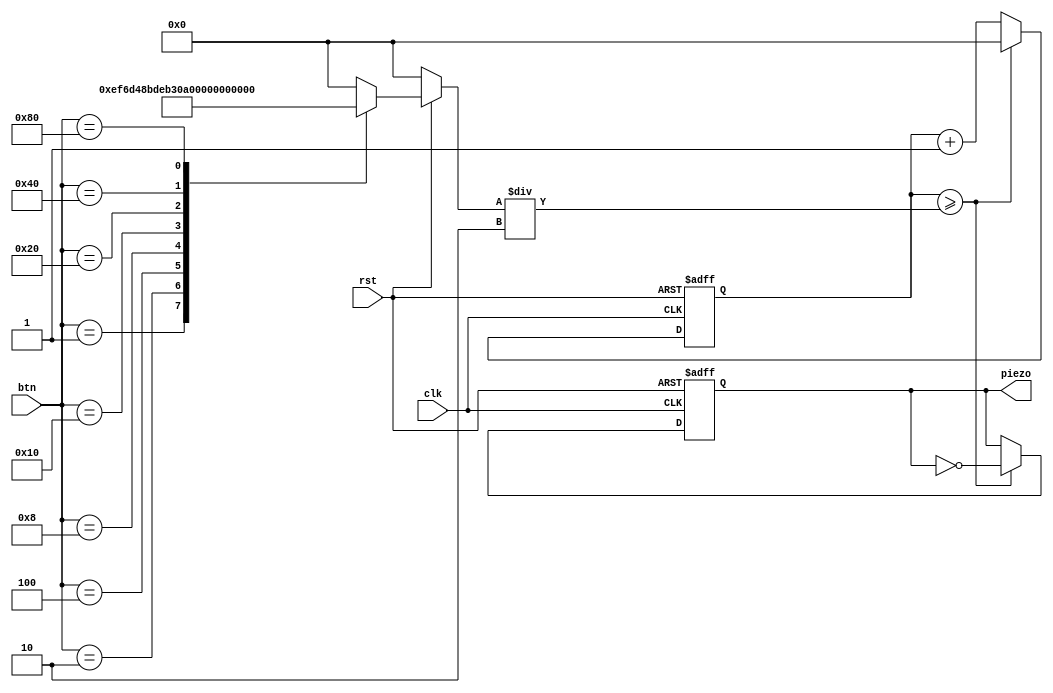
`timescale 1ns / 1ps

module piezo(clk, rst, btn, piezo);

input clk,rst;
input [7:0] btn;
output reg piezo;

parameter C2 =12'd3830;
parameter D2 =12'd3400;
parameter E2 =12'd3038;
parameter F2 =12'd2864;
parameter G2 =12'd2550;
parameter A2 =12'd2272;
parameter B2 =12'd2028;
parameter C3 =12'd1912;

reg [11:0] cnt;
reg [11:0] cnt_limit;

always @(btn) begin
    if(!rst) cnt_limit =0;
    else begin
        case(btn)
            8'b00000001 : cnt_limit = C2;
            8'b00000010 : cnt_limit = D2;
            8'b00000100 : cnt_limit = E2;
            8'b00001000 : cnt_limit = F2;
            8'b00010000 : cnt_limit = G2;
            8'b00100000 : cnt_limit = A2;
            8'b01000000 : cnt_limit = B2;
            8'b10000000 : cnt_limit = C3;
            default : cnt_limit =0;
        endcase
   end
end            

always @(posedge clk or negedge rst) begin
    if(!rst) begin
        cnt <= 0;
        piezo <= 0;
    end
    else if(cnt >=cnt_limit/2) begin
        piezo <= ~piezo;
        cnt <= 0;
    end
    else cnt <= cnt+1;
end
            
        


endmodule